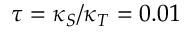
\tau = \kappa _ { S } / \kappa _ { T } = 0 . 0 1